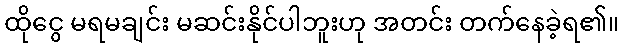
ထိုငွေ မရမချင်း မဆင်းနိုင်ပါဘူးဟု အတင်း တက်နေခဲ့ရ၏။